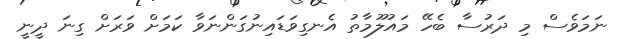
ނަމަވެސް މި ދަރުސާ ބެހޭ މައުލޫމާތު އެނގިވަޑައިނުގަންނަވާ ކަމަށް ވަރަށް ގިނަ ދީނީ